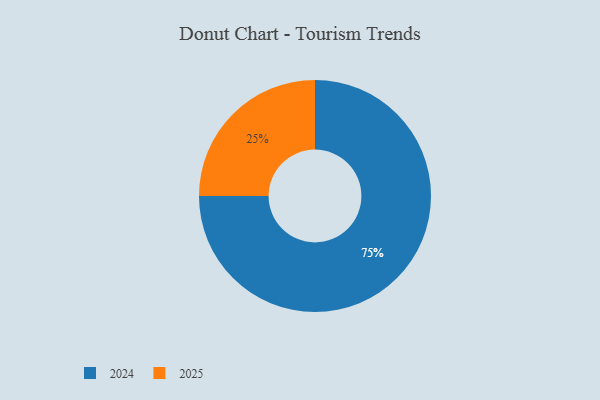
{"axis": {"x": "Category", "y": "Percentage"}, "legend": ["2024", "2025"], "data": [{"x": "2024", "y": 75, "type": "2024"}, {"x": "2025", "y": 25, "type": "2025"}]}